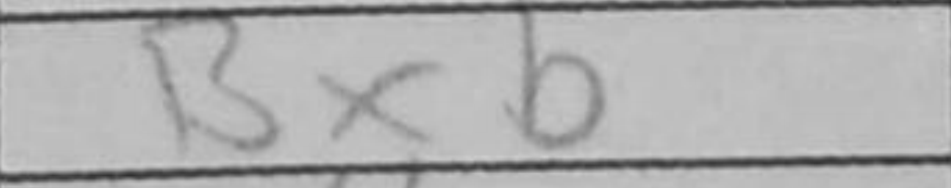
Transcription: Bxb